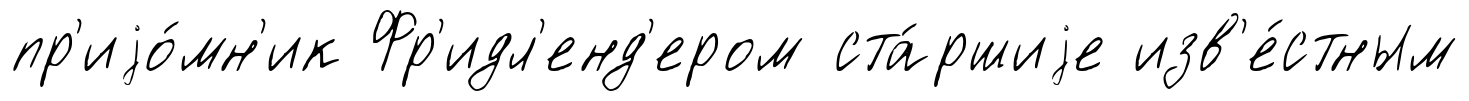
пр'иjо́мн'ик Фр'идл'енд'ером ста́ршиjе изв'е́стным